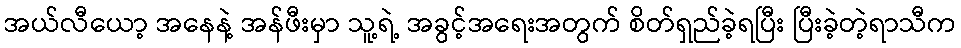
အယ်လီယော့ အနေနဲ့ အန်ဖီးမှာ သူ့ရဲ့ အခွင့်အရေးအတွက် စိတ်ရှည်ခဲ့ရပြီး ပြီးခဲ့တဲ့ရာသီက